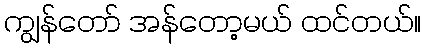
ကျွန်တော် အန်တော့မယ် ထင်တယ်။